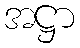
အဋ္ဌာ